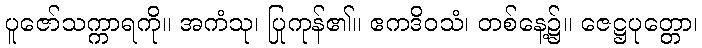
ပူဇော်သက္ကာရကို။ အကံသု၊ ပြုကုန်၏။ ဧကဒိဝသံ၊ တစ်နေ့၌။ ဇေဋ္ဌပုတ္တော၊